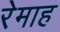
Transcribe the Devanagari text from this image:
रेमाह